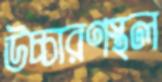
উচ্চারণস্থল